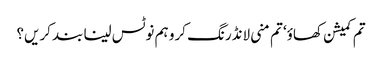
تم کمیشن کھاؤ‘ تم منی لانڈرنگ کرو ہم نوٹس لینا بند کریں؟